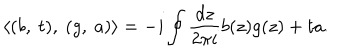
LaTeX: \langle ( b , \ t ) , \ ( g , \ a ) \rangle = - i \oint \frac { d z } { 2 \pi i } b ( z ) g ( z ) + t a .